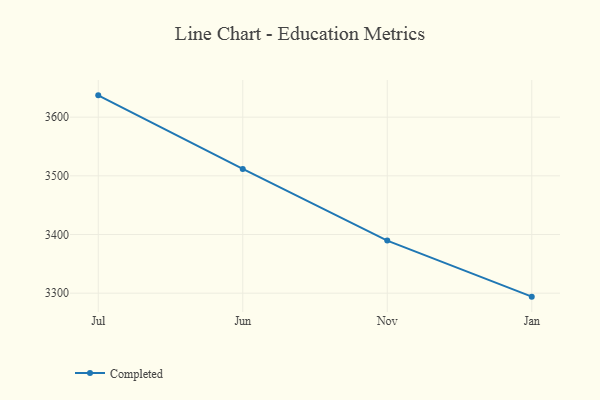
{"axis": {"x": "Month", "y": "Demand Index"}, "legend": ["Completed"], "data": [{"x": "Jul", "y": 3637.2, "type": "Completed"}, {"x": "Jun", "y": 3511.7, "type": "Completed"}, {"x": "Nov", "y": 3389.7, "type": "Completed"}, {"x": "Jan", "y": 3294.1, "type": "Completed"}]}